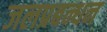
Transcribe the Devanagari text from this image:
जलप्रबन्धन